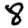
Digit: 8